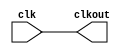
// SPDX-License-Identifier: Apache-2.0
// Copyright (C) 2022 HCL Technologies Ltd.
// Copyright (C) 2022 Blue Cheetah Analog Design, Inc.

module clk_buf_cel(
output clkout, // clock output
input  clk     // clock input
);

assign clkout = clk;

endmodule // clk_buf_cel